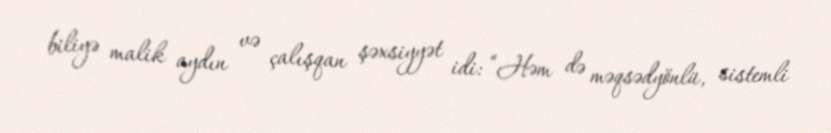
biliyə malik aydın və çalışqan şəxsiyyət idi: “Həm də məqsədyönlü, sistemli